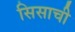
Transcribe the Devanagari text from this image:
सिसाची